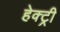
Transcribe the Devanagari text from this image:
हेक्ट्री